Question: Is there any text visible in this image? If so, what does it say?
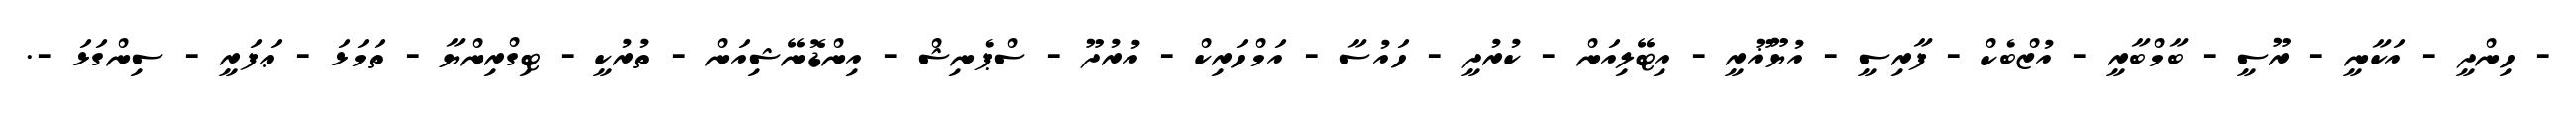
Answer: - ހިންދީ - އަކާނީ - ރޫސީ - ބާމްބާރީ - އުޒްބެކް - ފާރިސީ - އުޔޫޣޫރީ - އިޓޭލިއަން - ކުރުދީ - ހައުސާ - އަމްހަރިކް - އުރުދޫ - ސްޕެނިޝް - އިންޑޮނޭޝިއަން - ތުރުކީ - ޓިގްރިންޔާ - ތަމަޅަ - ޢަފަރީ - ސިންގަޅަ -.